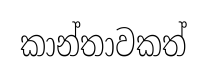
කාන්තාවකත්